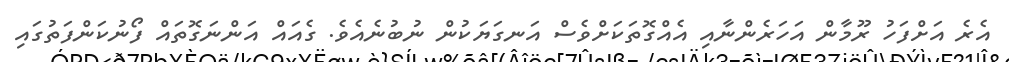
އެރެ އަށްފަހު ރޫމާން އަހަރެންނާއި އެއްގޮތަކަށްވެސް އަނގަޔަކުން ނުބުނެއެވެ. ގެއައް އަންނަގޮތައް ފޯނުކަންފަތުގައި